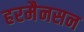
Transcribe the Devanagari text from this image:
हरमैनसन